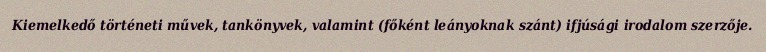
Kiemelkedő történeti művek, tankönyvek, valamint (főként leányoknak szánt) ifjúsági irodalom szerzője.